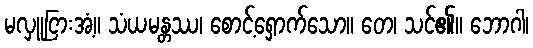
မလှူငြားအံ့။ သံယမန္တဿ၊ စောင့်ရှောက်သော။ တေ၊ သင်၏။ ဘောဂါ၊